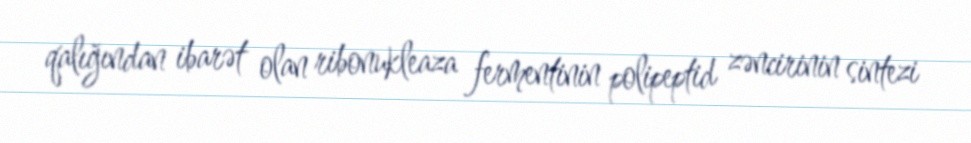
qalığından ibarət olan ribonukleaza fermentinin polipeptid zəncirinin sintezi